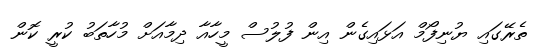
ތެރޭގައި ޔުނިފޯމް އަޅައިގެން އިން ފުލުސް މީހާއާ ދިމާއަށް މުހާތަބު ކުރީ ކޮން